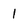
Character: 1